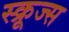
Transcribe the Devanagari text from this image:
स्क्रूज्स